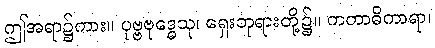
ဤအရာ၌ကား။ ပုဗ္ဗဗုဒ္ဓေသု၊ ရှေးဘုရားတို့၌။ ကတာဓိကာရာ၊